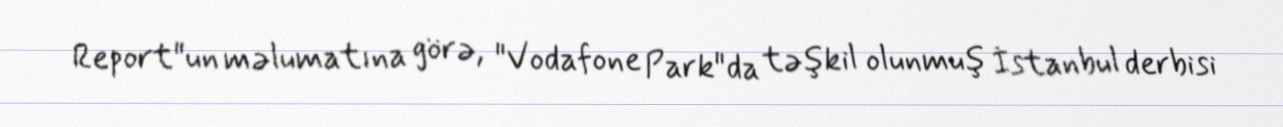
Report"un məlumatına görə, "Vodafone Park"da təşkil olunmuş İstanbul derbisi